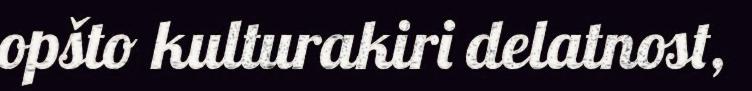
opšto kulturakiri delatnost,